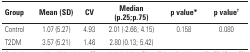
| Group | Mean (SD) | CV | Median (p.25;p.75) | p value* | p value† |
 | --- | --- | --- | --- | --- | --- |
 | Control | 1.07 (5.27) | 4.93 | 2.01 (-2.66; 4.15) | 0.158 | 0.080 |
 | T2DM | 3.57(5.21) | 1.46 | 2.80 (0.13; 5.42) |  |  |